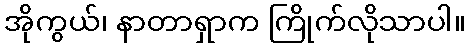
အိုကွယ်၊ နာတာရှာက ကြိုက်လိုသာပါ။